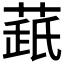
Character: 𦷘